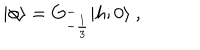
\vert \phi \rangle = G _ { - { \frac { 1 } { 3 } } } ^ { - } \vert { h ; 0 } \rangle { } ~ ,